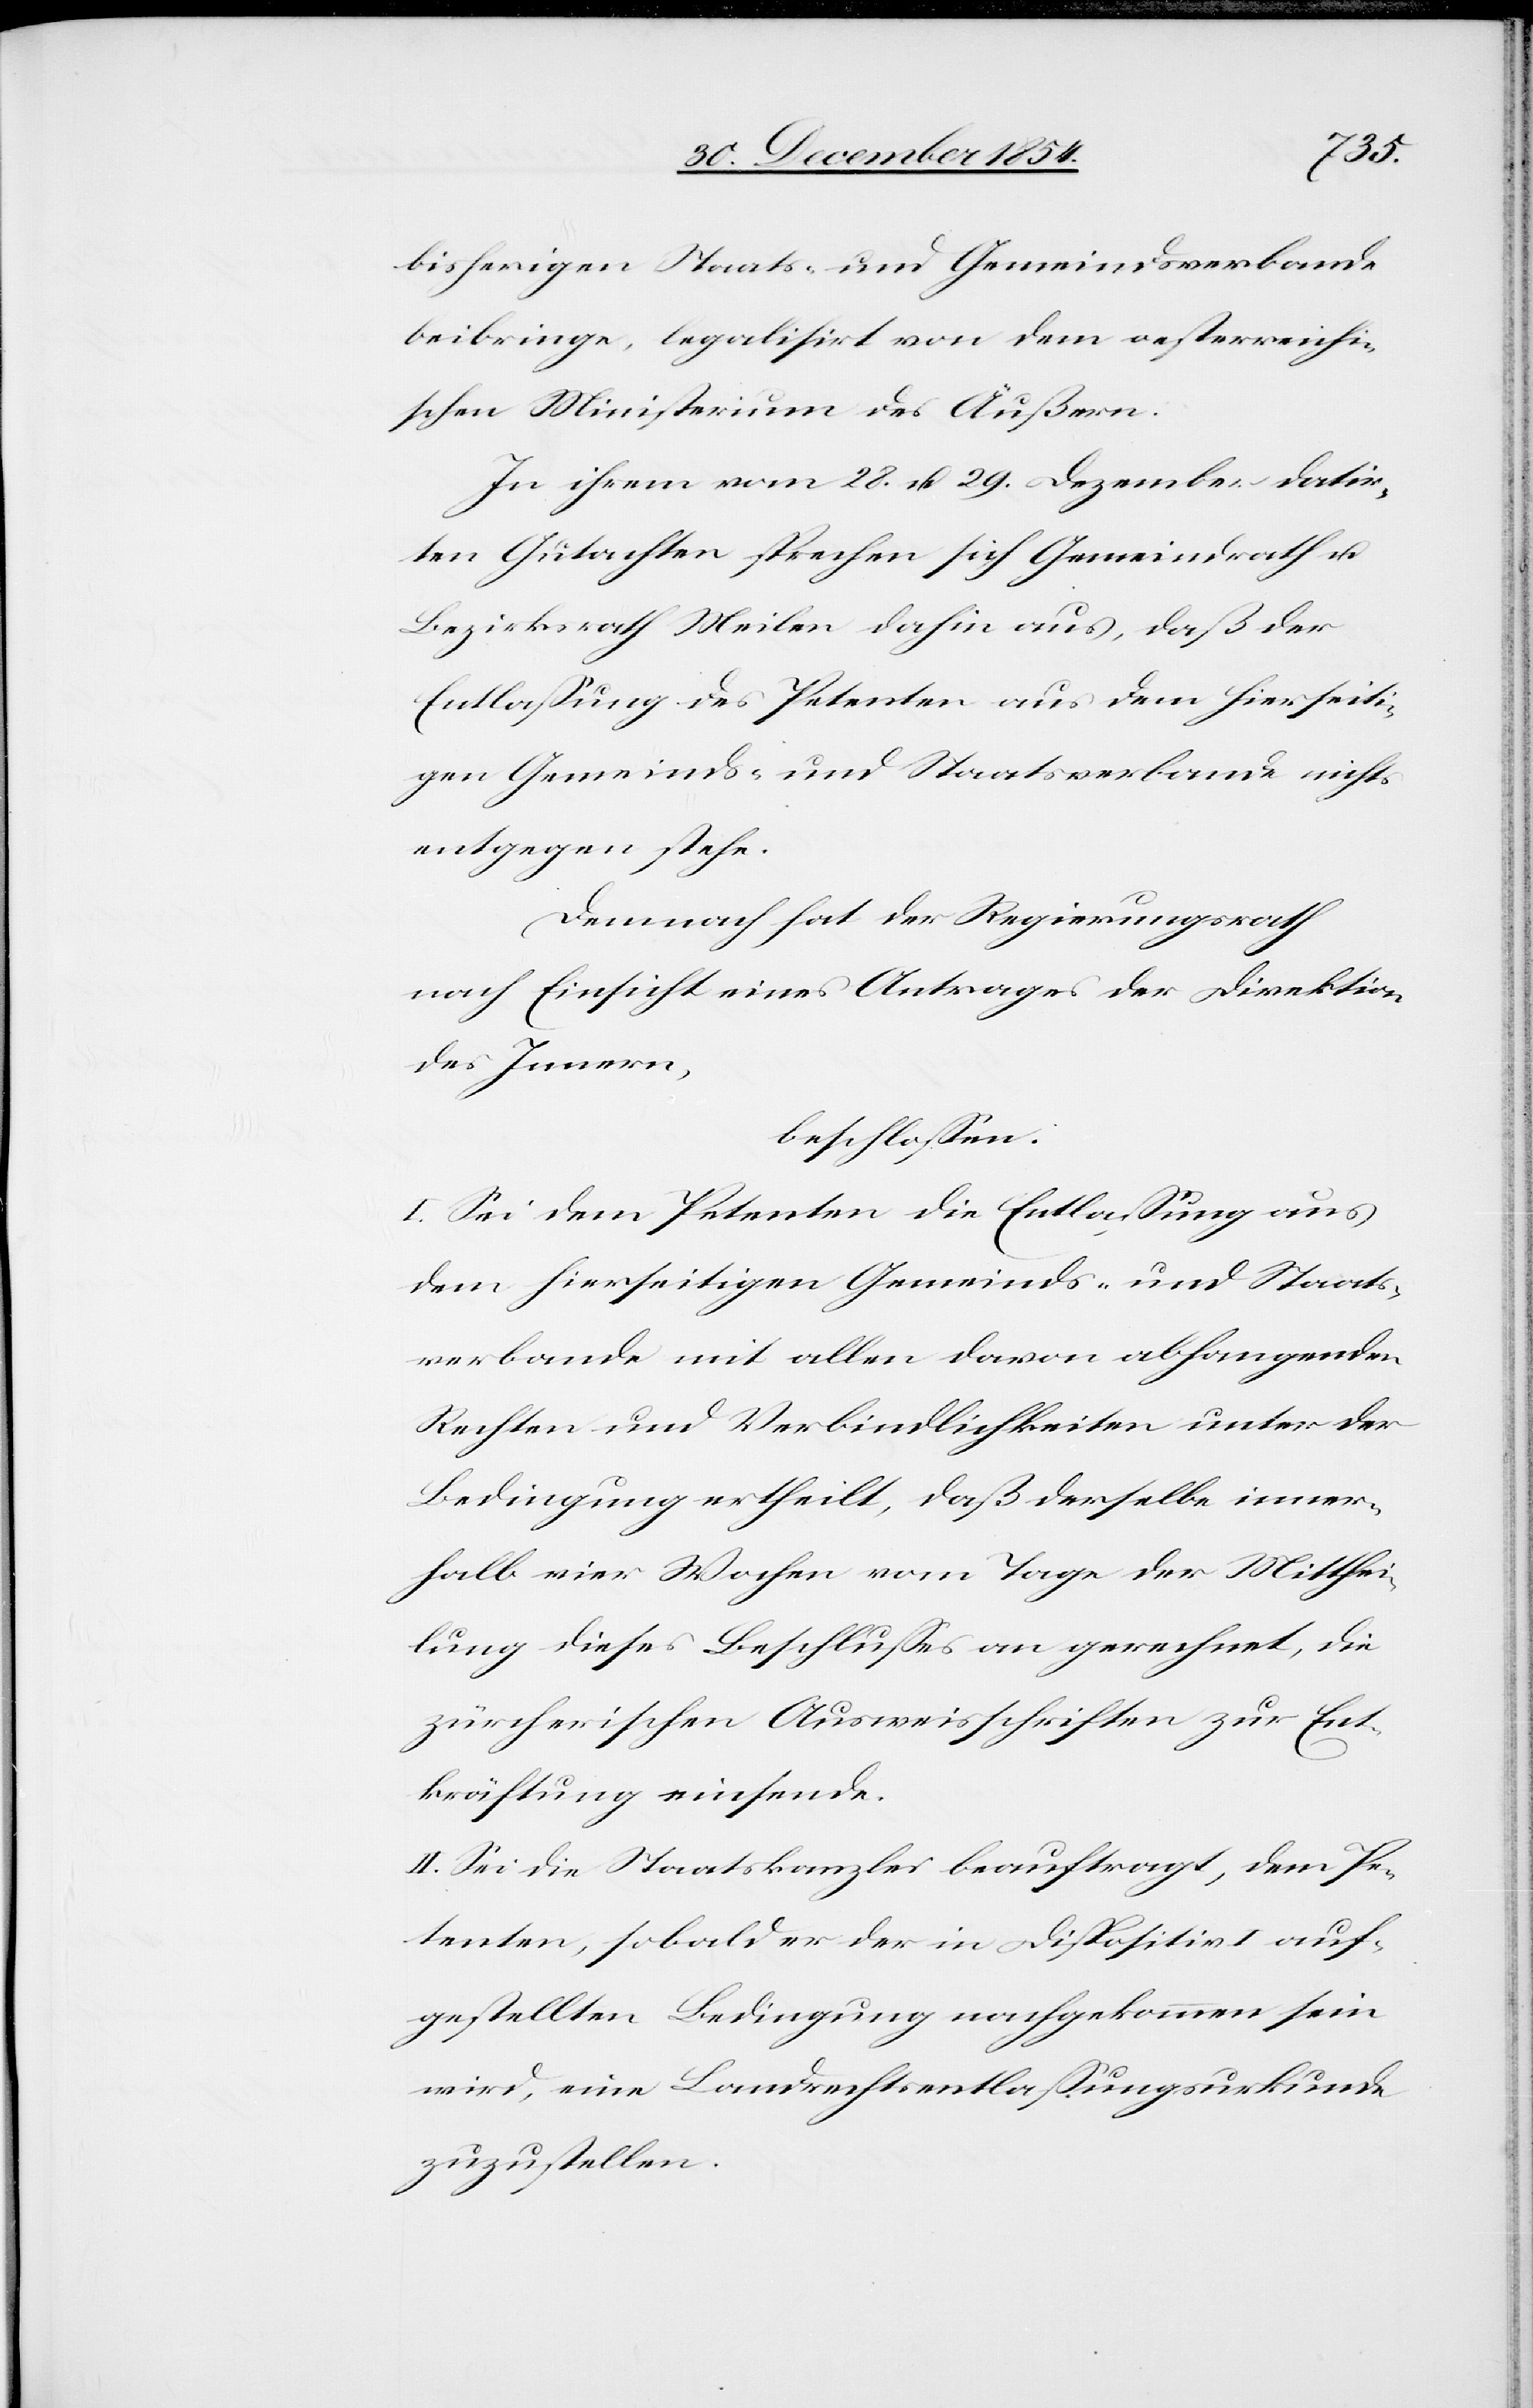
bisherigen Staats- und Gemeindsverbande
beibringe, legalisirt von dem oesterreichi¬
schen Ministerium des Äußern.
In ihrem vom 28. u. 29. Dezember datir¬
ten Gutachten sprechen sich Gemeindrath u.
Bezirksrath Meilen dahin aus, daß der
Entlaßung des Petenten aus dem hierseiti¬
gen Gemeinds- und Staatsverbande nichts
entgegen stehe.
Demnach hat der Regierungsrath
nach Einsicht eines Antrages der Direktion
des Innern,
beschloßen:
I. Sei dem Petenten die Entlaßung aus
dem hierseitigen Gemeinds- und Staats¬
verbande mit allen davon abhangenden
Rechten und Verbindlichkeiten unter der
Bedingung ertheilt, daß derselbe inner¬
halb vier Wochen vom Tage der Mitthei¬
lung dieses Beschlußes an gerechnet, die
zürcherischen Ausweisschriften zur Ent¬
kräftung einsende.
II. Sei die Staatskanzlei beauftragt, dem Pe¬
tenten, sobald er der in Dispositiv I auf¬
gestellten Bedingung nachgekommen sein
wird, eine Landrechtsentlaßungsurkunde
zuzustellen.